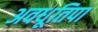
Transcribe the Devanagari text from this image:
अवधूतिपा